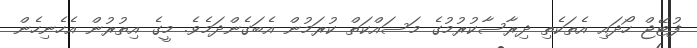
ފުޓޭޖް ހޯދައި އެތަކެތި ދިރާސާކުރުމުގެ މަސައްކަތް ކުރަމުން އެބަގެންދަމެވެ. މީގެ އިތުރުން އެހެނިހެން